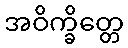
အဝိက္ခိတ္တေ